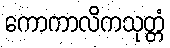
ကောကာလိကသုတ္တံ